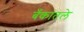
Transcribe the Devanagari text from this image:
बँकांतले